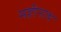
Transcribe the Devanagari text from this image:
महीनाथ